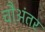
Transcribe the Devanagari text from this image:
चौअंतर